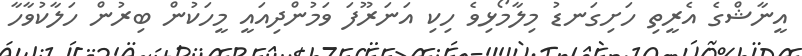
އީނާޝްގެ އެރީތި ހަށިގަނޑު މިލާމޯޅިވެ ހިކި އަނަރޫފަ ވަމުންދިއައީ މީހަކުން ބިރުން ހަލާކުވާހާ